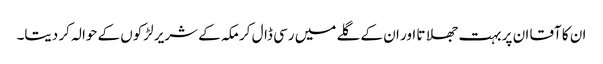
ان کا آقا ان پر بہت جھلاتا اور ان کے گلے میں رسی ڈال کر مکہ کے شریر لڑکوں کے حوالہ کر دیتا۔